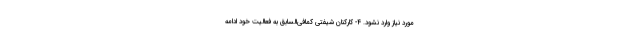
مورد نیاز وارد نشود. ۴- کارکنان شیفتی کمافی‌السابق به فعالیت خود ادامه